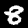
Digit: 8